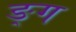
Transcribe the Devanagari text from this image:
ङ्ग